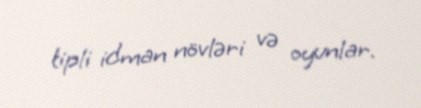
tipli idman növləri və oyunlar.